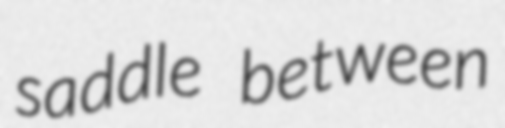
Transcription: saddle between